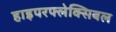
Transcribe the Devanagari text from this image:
हाइपरफ्लेक्सिबल